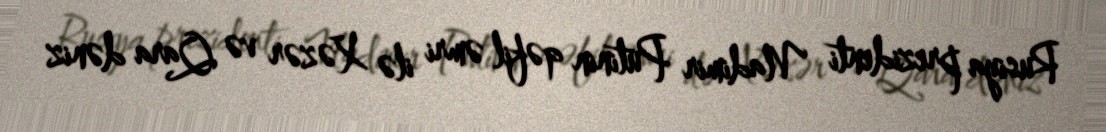
Rusiya prezidenti Vladimir Putinin qəfil əmri ilə Xəzər və Qara dəniz